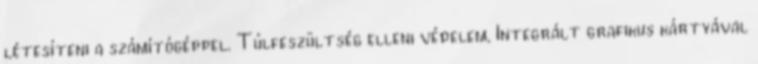
létesíteni a számítógéppel. Túlfeszültség elleni védelem, Integrált grafikus kártyával